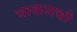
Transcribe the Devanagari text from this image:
चाकणची